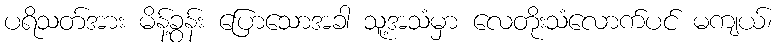
ပရိသတ်အား မိန့်ခွန်း ပြောသောအခါ သူ့အသံမှာ လေတိုးသံလောက်ပင် မကျယ်၊